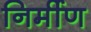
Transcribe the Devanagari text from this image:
निर्मीण